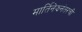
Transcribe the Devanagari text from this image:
मार्तिनेझनंतरची